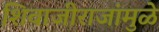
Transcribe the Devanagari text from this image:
शिवाजीराजांमुळे